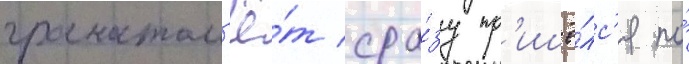
гранатом'ё́т сра́зу пр'ишё́лс'я по́